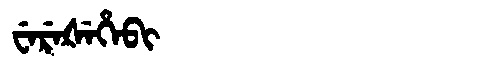
Manchu: ᠸᡝᡵᡝᡧᡝᡥᡝᠪᡳ
Romanization: WEREŠEHEBI